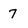
Character: 7